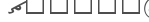
.